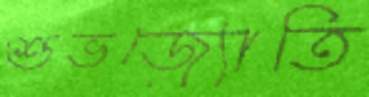
শুভজ্যোতি